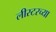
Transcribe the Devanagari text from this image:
लीस्टरच्या